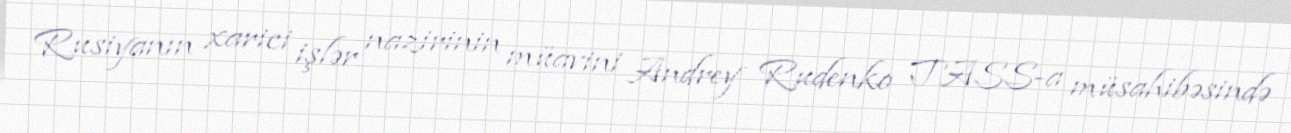
Rusiyanın xarici işlər nazirinin müavini Andrey Rudenko TASS-a müsahibəsində